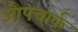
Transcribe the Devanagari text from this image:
औपचार्क